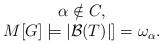
LaTeX: \begin{align*} \begin{array}{c} \alpha \notin C, \\M[G] \models |\mathcal{B}(T)|] = \omega_\alpha. \end{array} \end{align*}